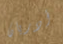
أدريان